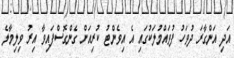
އަދި އަންގާރަ ދުވަހު ފުވައްމުލަކުގައި އެ އިވެންޓު ކުރިއަށް ގެންގޮސްފައިވާ އިރު ވިލިމާލެ